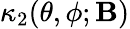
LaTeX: \kappa_{2}(\theta,\phi;\mathbf{B})